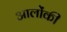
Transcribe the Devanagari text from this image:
आलोंकी